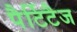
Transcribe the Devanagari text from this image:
पैर्टिटैज